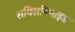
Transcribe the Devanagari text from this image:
सविसनिमाइड